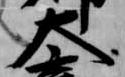
大